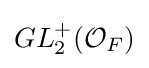
GL_{2}^{+}({\mathcal {O}}_{F})